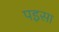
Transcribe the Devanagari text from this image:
पइसा